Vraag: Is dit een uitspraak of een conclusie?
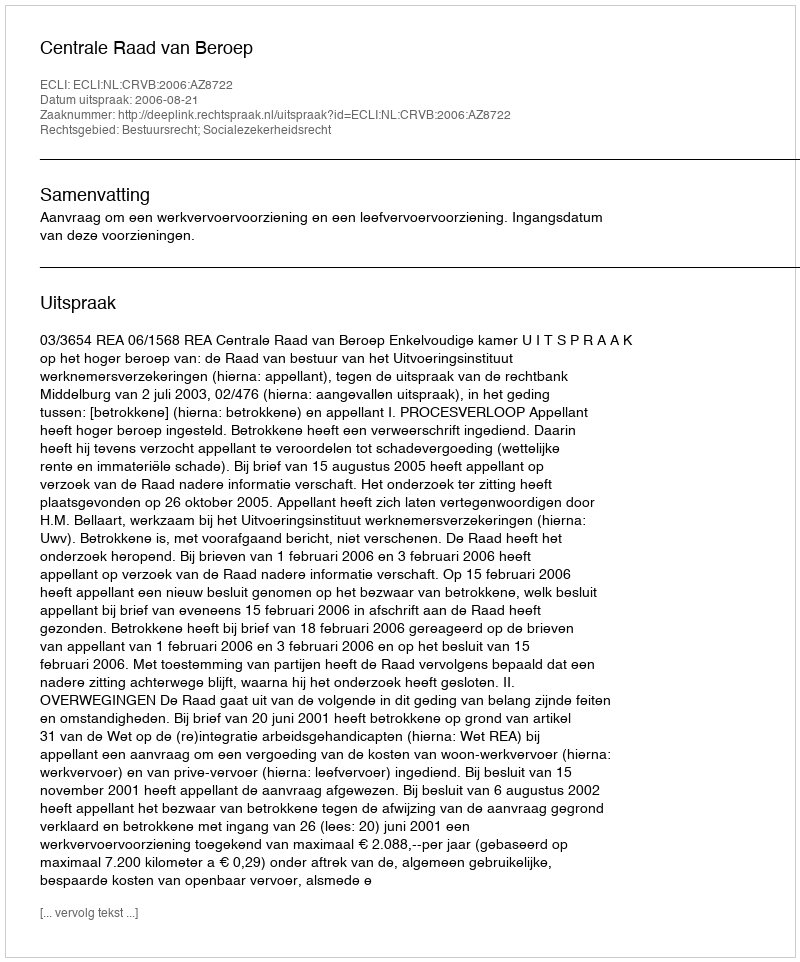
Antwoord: Uitspraak